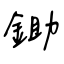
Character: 鋤